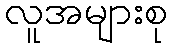
လူအများစု